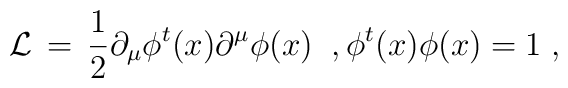
{\cal L} \,=\, \frac{1}{2} \partial_{\mu} \phi^t (x) \partial^{\mu} \phi(x)\;\;, \phi^t (x) \phi (x) = 1\;,